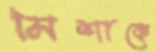
মিশাকে